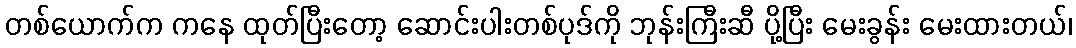
တစ်ယောက်က ကနေ ထုတ်ပြီးတော့ ဆောင်းပါးတစ်ပုဒ်ကို ဘုန်းကြီးဆီ ပို့ပြီး မေးခွန်း မေးထားတယ်၊